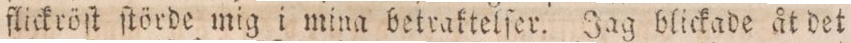
flickröſt ſtörde mig i mina betraktelſer. Jag blickade åt det